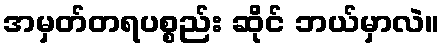
အမှတ်တရပစ္စည်း ဆိုင် ဘယ်မှာလဲ။